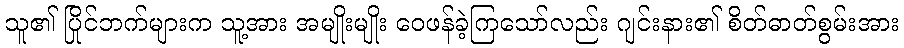
သူ၏ ပြိုင်ဘက်များက သူ့အား အမျိုးမျိုး ဝေဖန်ခဲ့ကြသော်လည်း ဂျင်းနား၏ စိတ်ဓာတ်စွမ်းအား